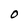
Character: O